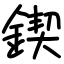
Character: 鍥